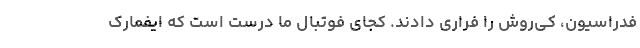
فدراسیون، کی‌روش را فراری دادند. کجای فوتبال ما درست است که ایفمارک